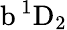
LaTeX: \mathrm{b\, ^{1}D_{2}}